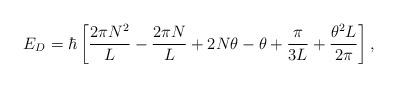
LaTeX: \begin{align*}E_D=\hbar \left[ {2 \pi N^2 \over L }-{2 \pi N \over L }+ 2N \theta -\theta + {\pi \over 3L } + {\theta^2 L \over 2 \pi}\right],\end{align*}